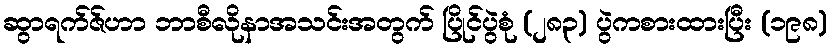
ဆွာရက်ဇ်ဟာ ဘာစီလိုနာအသင်းအတွက် ပြိုင်ပွဲစုံ (၂၈၃) ပွဲကစားထားပြီး (၁၉၈)